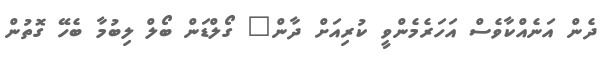
ދެން އަނެއްކާވެސް އަހަރެމެންވީ ކުރިއަށް ދާން" ގޯލްޑަން ބޯލް ލިބުމާ ބެހޭ ގޮތުން